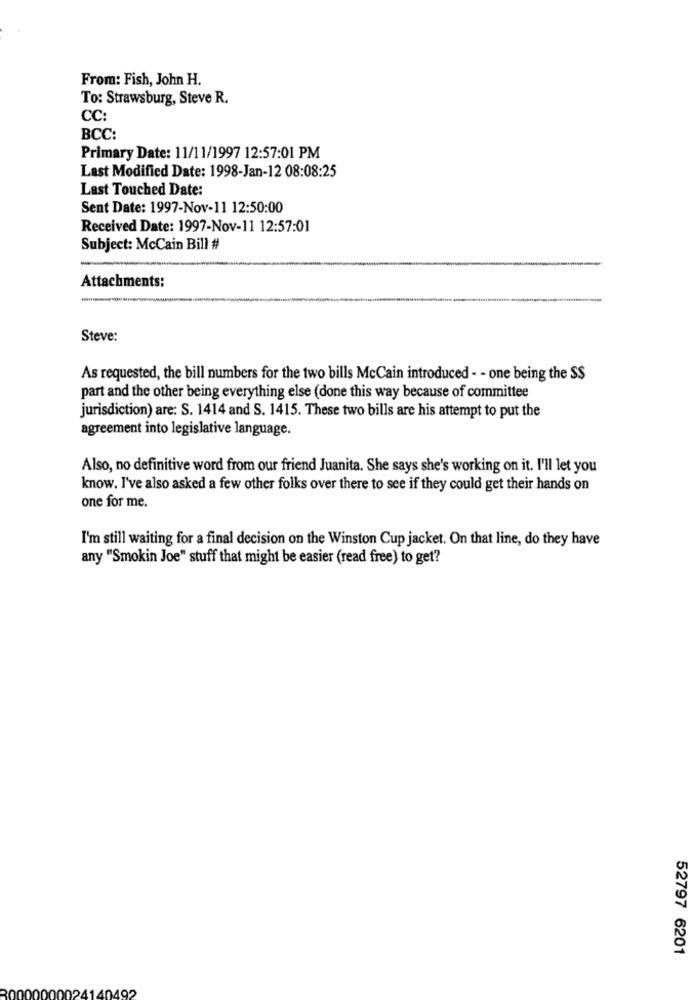
From: Fish, John H.
To: Strawsburg, Steve R.
CC:
BCC:
Primary Date: 11/11/1997 12:57:01 PM
Last Modified Date: 1998-Jan-12 08:08:25
Last Touched Date:
Sent Date: 1997-Nov-11 12:50:00
Received Date: 1997-Nov-11 12:57:01
Subject: McCain Bill #
Attachments:
Steve:
As requested, the bill numbers for the two bills McCain introduced - - one being the SS
part and the other being everything else (done this way because of committee
jurisdiction) are: S. 1414 and S. 1415. These two bills are his attempt to put the
agreement into legislative language.
Also, no definitive word from our friend Juanita. She says she's working on it. I'll let you
know. I've also asked a few other folks over there to see if they could get their hands on
one for me.
I'm still waiting for a final decision on the Winston Cup jacket. On that line, do they have
any "Smokin Joe" stuff that might be easier (read free) to get?
52797 6201
102